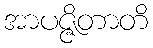
အာပဇ္ဇိတာတိ